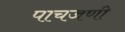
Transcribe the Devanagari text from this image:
पाचजणी